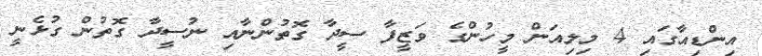
އިންޑިއާގައި 4 މިލިއަން މީހުންގެ ވަޒީފާ ސީދާ ގޮތުންނާއި ނުސީދާ ގޮތުން ގުޅެނީ